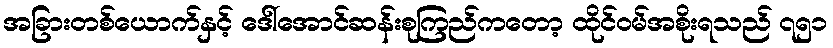
အခြားတစ်ယောက်နှင့် ဒေါ်အောင်ဆန်းစုကြည်ကတော့ ထိုင်ဝမ်အစိုးရသည် ၇၅၁